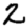
Digit: 2